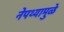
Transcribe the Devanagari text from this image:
नेपथ्यामुळे